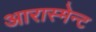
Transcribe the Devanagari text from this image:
आरास्मेन्ट